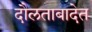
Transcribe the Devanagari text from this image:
दौलताबादेत